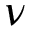
\nu